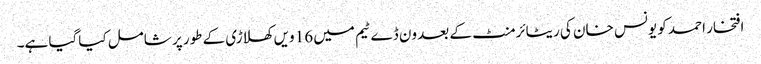
افتخار احمد کو یونس خان کی ریٹائرمنٹ کے بعد ون ڈے ٹیم میں 16 ویں کھلاڑی کے طور پر شامل کیاگیا ہے۔